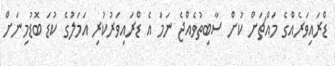
ޑްރައިވަރެއްގެ މައްޗަށް ކުށް ސާބިތުވެއްޖެ ނަމަ އެ ޑްރައިވަރުކުރި އަމަލުގެ ކުޑަ ބޮޑުމިނަށް